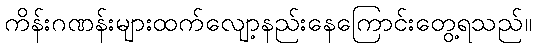
ကိန်းဂဏန်းများထက်လျော့နည်းနေကြောင်းတွေ့ရသည်။